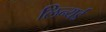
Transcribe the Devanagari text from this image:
लिन्यर्ड